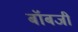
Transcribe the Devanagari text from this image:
बॉबजी